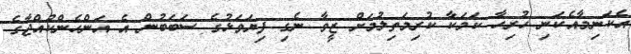
އެކަނިމާއެކަނި ހުރިހާ ކަމަކާ ކުރިމަތިލުމަށް ޒީވާ ނެގި ފިޔަވަޅުގެ ސަބަބުން އެ އަންހެންކުއްޖާގެ